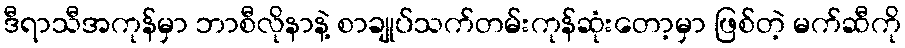
ဒီရာသီအကုန်မှာ ဘာစီလိုနာနဲ့ စာချုပ်သက်တမ်းကုန်ဆုံးတော့မှာ ဖြစ်တဲ့ မက်ဆီကို